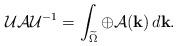
LaTeX: \begin{align*}\mathcal{U} \mathcal{A} \mathcal{U}^{-1} = \int_{\widetilde \Omega} \oplus \mathcal{A} (\mathbf{k}) \, d \mathbf{k}.\end{align*}